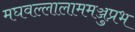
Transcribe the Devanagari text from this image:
मघवल्लालाममञ्जुप्रभ